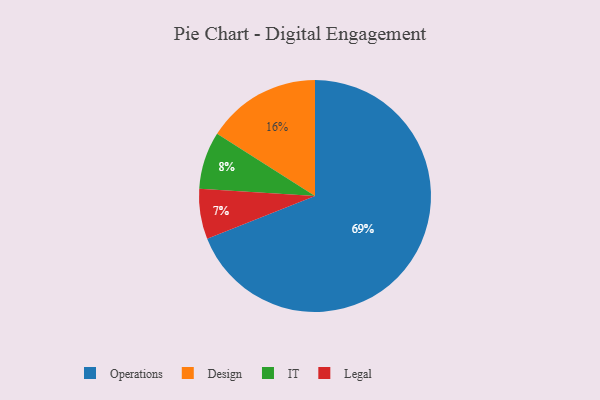
{"axis": {"x": "Category", "y": "Percentage"}, "legend": ["Design", "IT", "Legal", "Operations"], "data": [{"x": "Operations", "y": 69, "type": "Operations"}, {"x": "IT", "y": 8, "type": "IT"}, {"x": "Legal", "y": 7, "type": "Legal"}, {"x": "Design", "y": 16, "type": "Design"}]}